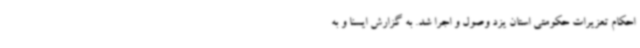
احکام تعزیرات حکومتی استان یزد وصول و اجرا شد. به گزارش ایسنا و به